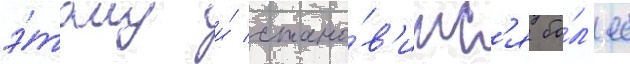
э́тому и́ стано́в'итс'я бо́л'ее